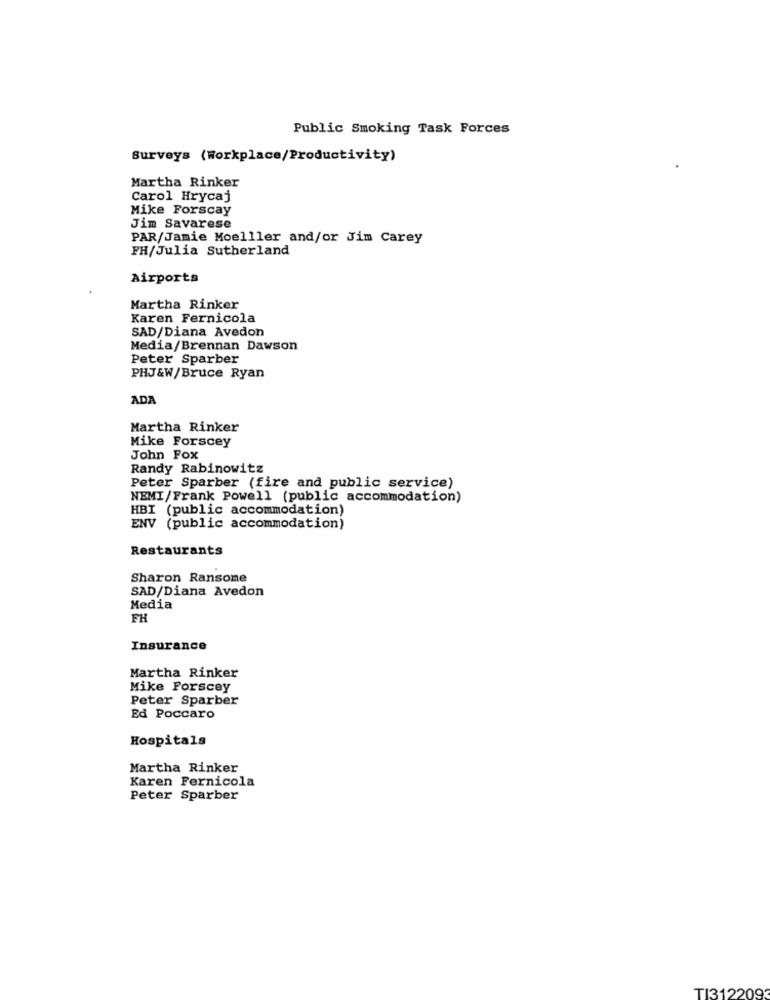
Public Smoking Task Forces
Surveys (Workplace/Productivity)
Martha Rinker
Carol Hrycaj
Mike Forscay
Jim Savarese
PAR/Jamie Moelller and/or Jim Carey
FH/Julia Sutherland
Airports
Martha Rinker
Karen Fernicola
SAD/Diana Avedon
Media/Brennan Dawson
Peter Sparber
PHJ&W/Bruce Ryan
ADA
Martha Rinker
Mike Forscey
John Fox
Randy Rabinowitz
Peter Sparber (fire and public service)
NEMI/Frank Powell (public accommodation)
HBI (public accommodation)
ENV (public accommodation)
Restaurants
Sharon Ransome
SAD/Diana Avedon
Media
FH
Insurance
Martha Rinker
Mike Forscey
Peter Sparber
Ed Poccaro
Hospitals
Martha Rinker
Karen Fernicola
Peter Sparber
T1312209